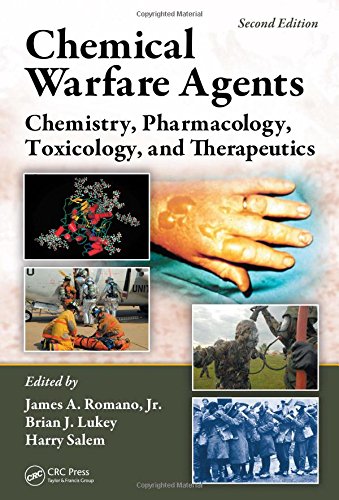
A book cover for Chemical Warfare Agents: Chemistry, Pharmacology, Toxicology, and Therapeutics, Second Edition; Medical Books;